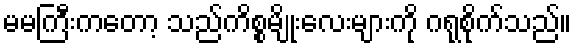
မမကြီးကတော့ သည်ကိစ္စမျိုးလေးများကို ဂရုစိုက်သည်။